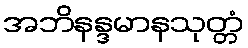
အဘိနန္ဒမာနသုတ္တံ